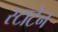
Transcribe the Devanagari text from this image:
स्टाटेन